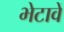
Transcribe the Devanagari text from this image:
भेटावें